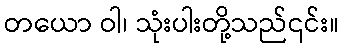
တယော ဝါ၊ သုံးပါးတို့သည်၎င်း။